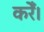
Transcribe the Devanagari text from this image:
करेँ।